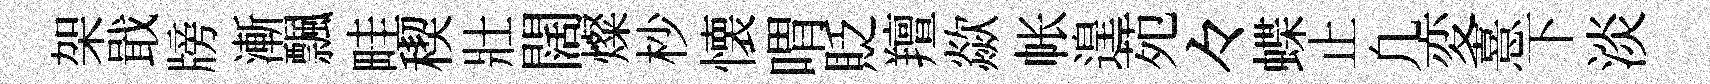
架戢牓漸飄畦稧壯闊燦杪懐喟貶羶歘帐遑苑々蝶止凢変憙下淡